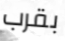
بقرب